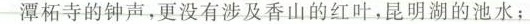
潭柘寺的钟声，更没有涉及香山的红叶，昆明湖的池水；